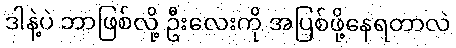
ဒါနဲ့ပဲ ဘာဖြစ်လို့ ဦးလေးကို အပြစ်ဖို့နေရတာလဲ